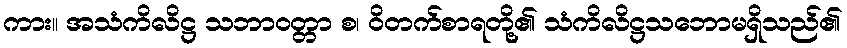
ကား။ အသံကိလိဋ္ဌ သဘာဝတ္တာ စ၊ ဝိတက်စာရတို့၏ သံကိလိဋ္ဌသဘောမရှိသည်၏